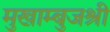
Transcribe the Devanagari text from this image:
मुखाम्बुजश्री